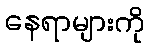
နေရာများကို